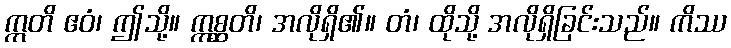
ဣတိ ဧဝံ၊ ဤသို့။ ဣစ္ဆတိ၊ အလိုရှိ၏။ တံ၊ ထိုသို့ အလိုရှိခြင်းသည်။ ကိဿ